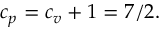
c _ { p } = c _ { v } + 1 = 7 / 2 .